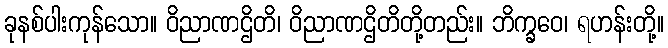
ခုနစ်ပါးကုန်သော။ ဝိညာဏဌိတိ၊ ဝိညာဏဌိတိတို့တည်း။ ဘိက္ခဝေ၊ ရဟန်းတို့။